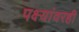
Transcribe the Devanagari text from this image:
पक्ष्यांवरही